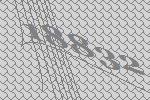
18832